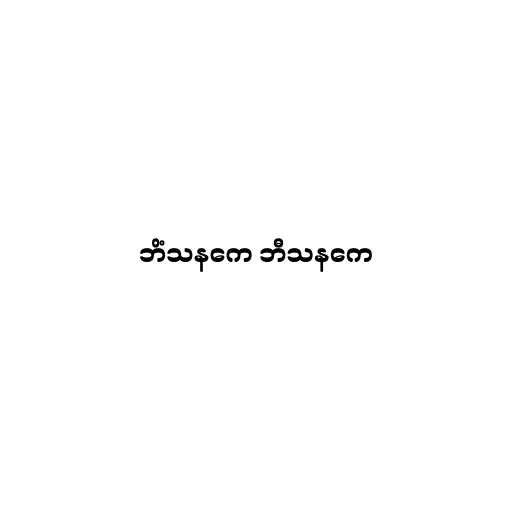
ဘိံသနကေ ဘီသနကေ